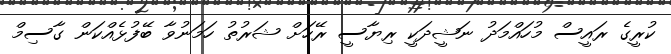
ކުރީގެ ރައީސް މުހައްމަދު ނަޝީދަކީ ރިޔާސީ ރޭހަށް ޝަރުތު ހަމަނުވާ ބޭފުޅެއްކަން ގާސިމް